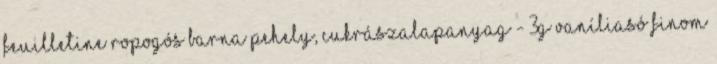
feuilletine ropogós barna pehely, cukrászalapanyag - 3g vaníliasó finom